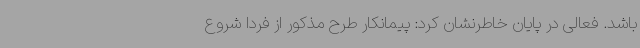
باشد. فعالی در پایان خاطرنشان کرد: پیمانکار طرح مذکور از فردا شروع